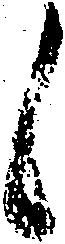
候